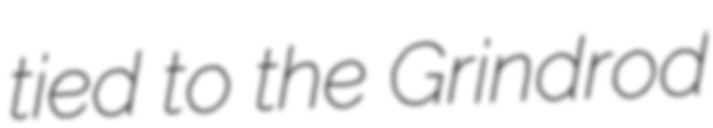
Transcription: tied to the Grindrod